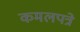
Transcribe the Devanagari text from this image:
कमलपत्रे